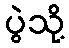
ပွဲသို့